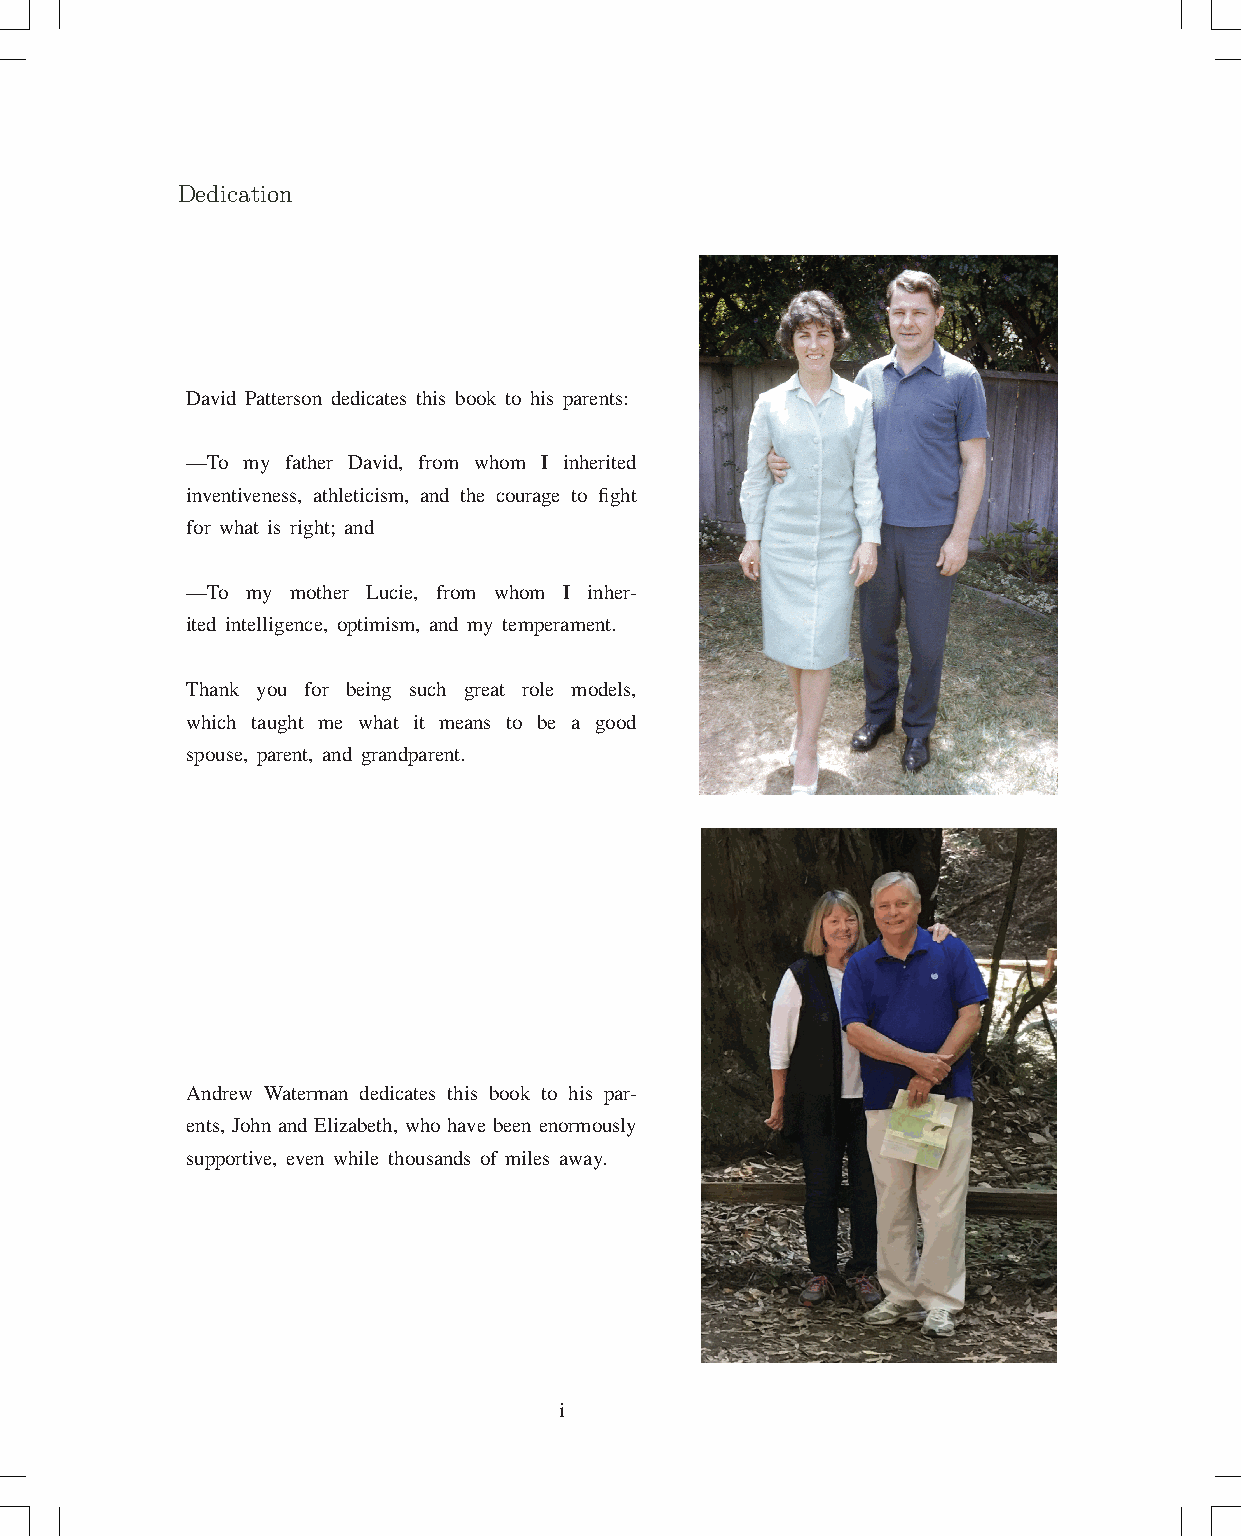
Dedication
 David Patterson dedicates this book to his parents:
 —To my father David, from whom I inherited
 inventiveness, athleticism, and the courage to fight
 for what is right; and
 —To my mother Lucie, from whom I inher-
 ited intelligence, optimism, and my temperament.
 Thank you for being such great role models,
 which taught me what it means to be a good
 spouse, parent, and grandparent.
 Andrew Waterman dedicates this book to his par-
 ents, John and Elizabeth, who have been enormously
 supportive, even while thousands of miles away.
 i